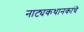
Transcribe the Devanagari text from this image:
नाट्यकथानकांचॆ